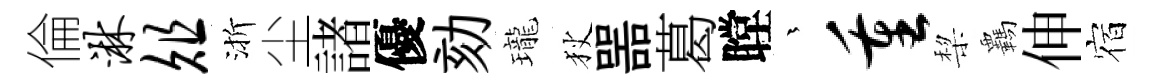
倫淋俎渐尘諸優劾瓏狄噐葛瞠茫重棃覊伸宿